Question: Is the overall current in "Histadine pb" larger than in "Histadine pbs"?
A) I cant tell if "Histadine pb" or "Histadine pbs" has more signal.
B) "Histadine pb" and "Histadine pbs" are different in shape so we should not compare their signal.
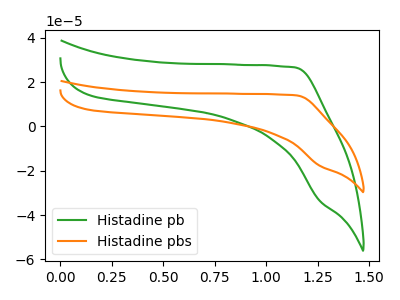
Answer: <think>The green curve "Histadine pb" has no peaks. The orange curve "Histadine pbs" has no peaks.
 Neither "Histadine pb" or "Histadine pbs" have any peaks.</think>
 <answer>A) I cant tell if "Histadine pb" or "Histadine pbs" has more signal.</answer>
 <eval>A</eval>